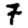
Digit: 7